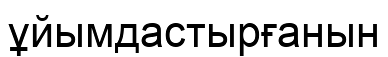
ұйымдастырғанын